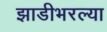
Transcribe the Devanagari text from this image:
झाडीभरल्या